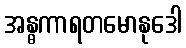
အန္ဓကာရတမောနုဒေါ